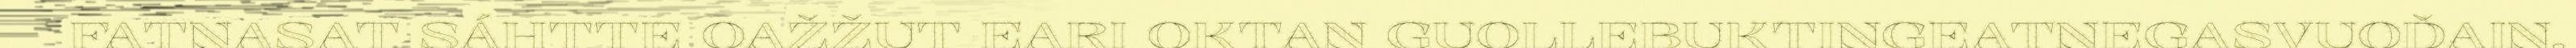
FATNASAT SÁHTTE OAŽŽUT EARI OKTAN GUOLLEBUKTINGEATNEGASVUOĐAIN.